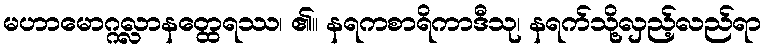
မဟာမောဂ္ဂလ္လာနတ္ထေရဿ၊ ၏။ နရကစာရိကာဒီသု၊ နရက်သို့လှည့်လည်ရာ